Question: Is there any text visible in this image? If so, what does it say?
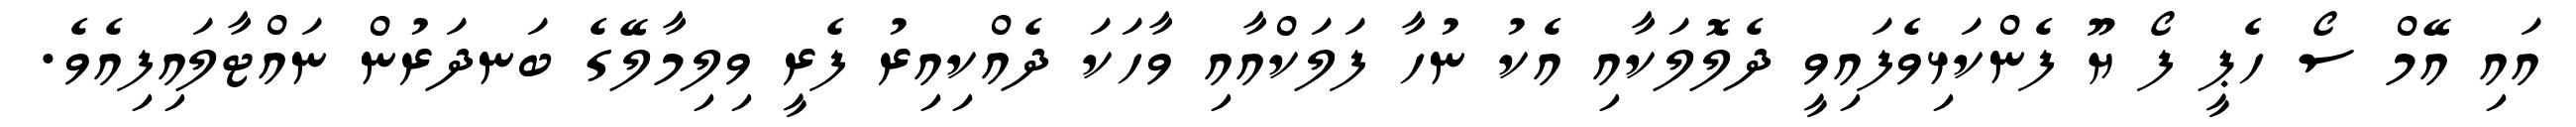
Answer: އައި އޭމް ސޯ ހެޕީ ފޯ ޔޫ ފެންކަޅިވެފައިވީ ދެލޮލަކާއި އެކު ނުހާ ފަލަކްއާއި ވާހަކަ ދެއްކިއިރު ފެރީ ވިލިމާލޭގެ ބަނދަރުން ނައްޓާލައިފިއެވެ.